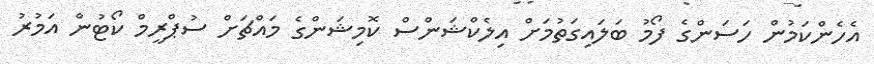
އެހެންކަމުން ހަސަންގެ ފޯމު ބަލައިގަތުމަށް އިލެކްޝަންސް ކޮމިޝަންގެ މައްޗަށް ސުޕްރީމް ކޯޓުން އަމުރު